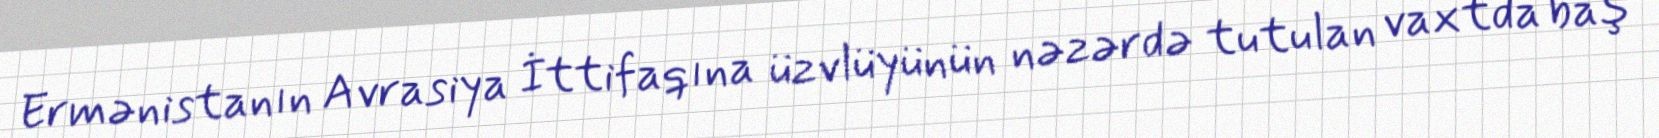
Ermənistanın Avrasiya İttifaqına üzvlüyünün nəzərdə tutulan vaxtda baş